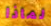
لماذا